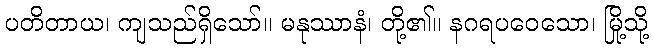
ပတိတာယ၊ ကျသည်ရှိသော်။ မနုဿာနံ၊ တို့၏။ နဂရပဝေသော၊ မြို့သို့